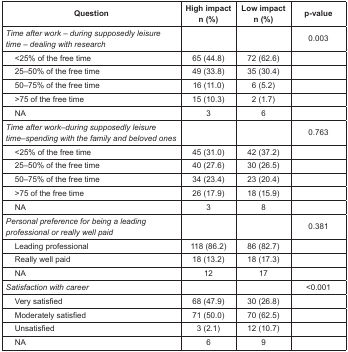
<table><thead><tr><td><b>Question</b></td><td><b>High impactn (%)</b></td><td><b>Low impactn (%)</b></td><td><b>p-value</b></td></tr></thead><tbody><tr><td><i>Time after work – during supposedly leisure time – dealing with research</i></td><td></td><td></td><td>0.003</td></tr><tr><td>&lt;25% of the free time</td><td>65 (44.8)</td><td>72 (62.6)</td><td></td></tr><tr><td>25–50% of the free time</td><td>49 (33.8)</td><td>35 (30.4)</td><td></td></tr><tr><td>50–75% of the free time</td><td>16 (11.0)</td><td>6 (5.2)</td><td></td></tr><tr><td>&gt;75 of the free time</td><td>15 (10.3)</td><td>2 (1.7)</td><td></td></tr><tr><td>NA</td><td>3</td><td>6</td><td></td></tr><tr><td><i>Time after work–during supposedly leisure time–spending with the family and beloved ones</i></td><td></td><td></td><td>0.763</td></tr><tr><td>&lt;25% of the free time</td><td>45 (31.0)</td><td>42 (37.2)</td><td></td></tr><tr><td>25–50% of the free time</td><td>40 (27.6)</td><td>30 (26.5)</td><td></td></tr><tr><td>50–75% of the free time</td><td>34 (23.4)</td><td>23 (20.4)</td><td></td></tr><tr><td>&gt;75 of the free time</td><td>26 (17.9)</td><td>18 (15.9)</td><td></td></tr><tr><td>NA</td><td>3</td><td>8</td><td></td></tr><tr><td><i>Personal preference for being a leading professional or really well paid</i></td><td></td><td></td><td>0.381</td></tr><tr><td>Leading professional</td><td>118 (86.2)</td><td>86 (82.7)</td><td></td></tr><tr><td>Really well paid</td><td>18 (13.2)</td><td>18 (17.3)</td><td></td></tr><tr><td>NA</td><td>12</td><td>17</td><td></td></tr><tr><td><i>Satisfaction with career</i></td><td></td><td></td><td>&lt;0.001</td></tr><tr><td>Very satisfied</td><td>68 (47.9)</td><td>30 (26.8)</td><td></td></tr><tr><td>Moderately satisfied</td><td>71 (50.0)</td><td>70 (62.5)</td><td></td></tr><tr><td>Unsatisfied</td><td>3 (2.1)</td><td>12 (10.7)</td><td></td></tr><tr><td>NA</td><td>6</td><td>9</td><td></td></tr></tbody></table>